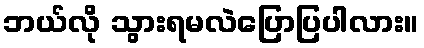
ဘယ်လို သွားရမလဲပြောပြပါလား။